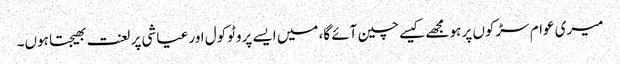
میری عوام سڑکوں پر ہو مجھے کیسے چین آئے گا، میں ایسے پروٹوکول اور عیاشی پر لعنت بھیجتا ہوں۔